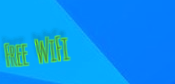
Free WiFi